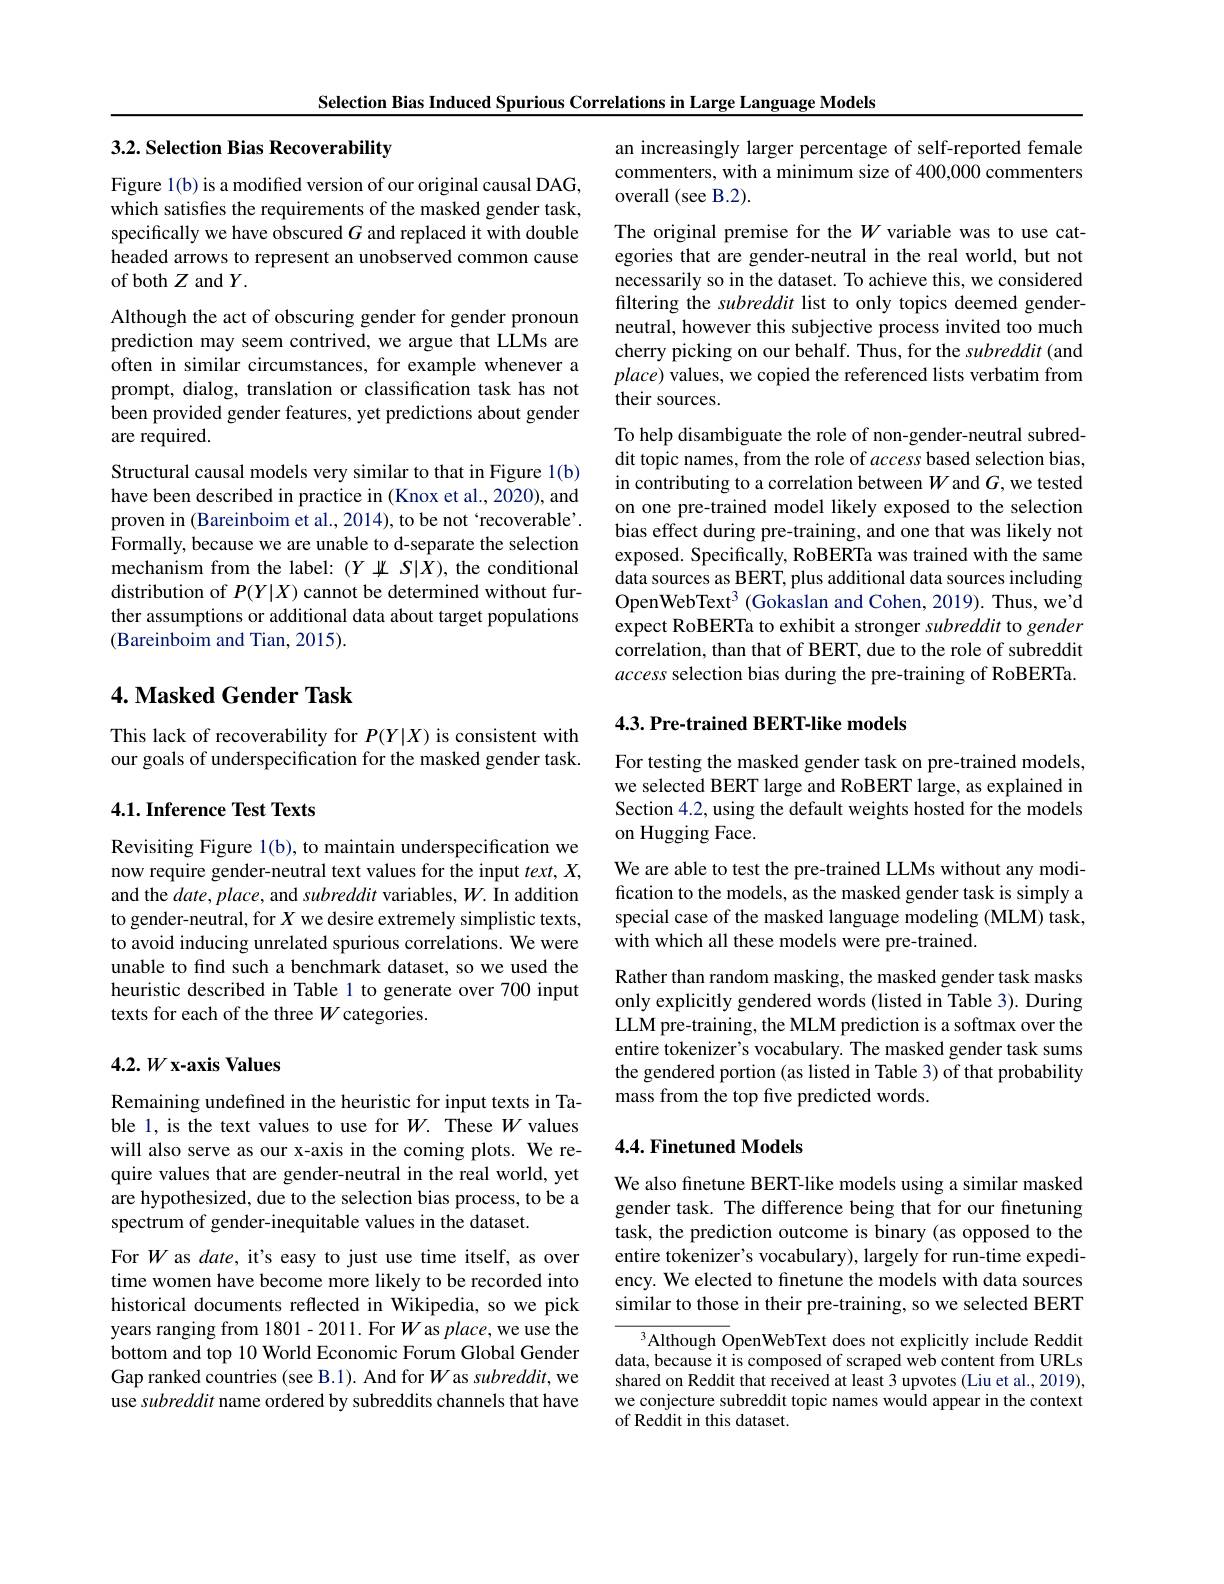
Selection Bias Induced Spurious Correlations in Large Language Models

## 3.2. Selection Bias Recoverability

Figure 1(b) is a modified version of our original causal DAG, which satisfies the requirements of the masked gender task, specifically we have obscured $G$ and replaced it with double headed arrows to represent an unobserved common cause of both $Z$ and $Y.$
Although the act of obscuring gender for gender pronoun prediction may seem contrived, we argue that LLMs are often in similar circumstances, for example whenever a prompt, dialog, translation or classification task has not been provided gender features, yet predictions about gender are required.
Structural causal models very similar to that in Figure 1(b) have been described in practice in (Knox et al., 2020), and proven in (Bareinboim et al., 2014), to be not `recoverable'. Formally, because we are unable to d-separate the selection mechanism from the label: $(Y\amalg S|X)$, the conditional distribution of $P(Y|X)$ cannot be determined without further assumptions or additional data about target populations (Bareinboim and Tian, 2015).

## 4. Masked Gender Task

This lack of recoverability for $P(Y|X)$ is consistent with our goals of underspecification for the masked gender task.

## 4.1. Inference Test Texts

Revisiting Figure 1(b), to maintain underspecification we now require gender-neutral text values for the input $text,X$, and the $date,place$, and subreddit variables, $W.$ In addition to gender-neutral, for $X$ we desire extremely simplistic texts, to avoid inducing unrelated spurious correlations. We were unable to find such a benchmark dataset, so we used the heuristic described in Table 1 to generate over 700 input texts for each of the three $W$ categories.

## $4.2.W$ x-axis Values

Remaining undefined in the heuristic for input texts in Table 1, is the text values to use for $W.$ These $W$ values will also serve as our x-axis in the coming plots. We require values that are gender-neutral in the real world, yet are hypothesized, due to the selection bias process, to be a spectrum of gender-inequitable values in the dataset.

For $W$ as date, it's easy to just use time itself, as over time women have become more likely to be recorded into historical documents reflected in Wikipedia, so we pick years ranging from 1801-2011. For $W$ as place, we use the bottom and top 10 World Economic Forum Global Gender Gap ranked countries (see B.1). And for $W$ as subreddit, we use subreddit name ordered by subreddits channels that have

an increasingly larger percentage of self-reported female commenters, with a minimum size of 400,000 commenters overall (see B.2).

The original premise for the $W$ variable was to use categories that are gender-neutral in the real world, but not necessarily so in the dataset. To achieve this, we considered filtering the subreddit list to only topics deemed genderneutral, however this subjective process invited too much cherry picking on our behalf. Thus, for the subreddit (and $place)$ values, we copied the referenced lists verbatim from their sources.

To help disambiguate the role of non-gender-neutral subreddit topic names, from the role of access based selection bias, in contributing to a correlation between $W$ and $G$,we tested on one pre-trained model likely exposed to the selection bias effect during pre-training, and one that was likely not exposed. Specifically, RoBERTa was trained with the same data sources as BERT, plus additional data sources including OpenWebText$^{3}$ (Gokaslan and Cohen, 2019). Thus, we'd expect RoBERTa to exhibit a stronger subreddit to gender correlation, than that of BERT, due to the role of subreddit access selection bias during the pre-training of RoBERTa 4.3. Pre-trained BERT-like models

For testing the masked gender task on pre-trained models, we selected BERT large and RoBERT large, as explained in Section 4.2, using the default weights hosted for the models on Hugging Face.

We are able to test the pre-trained LLMs without any modification to the models, as the masked gender task is simply a special case of the masked language modeling (MLM) task, with which all these models were pre-trained.

Rather than random masking, the masked gender task masks only explicitly gendered words (listed in Table 3). During LLM pre-training, the MLM prediction is a softmax over the entire tokenizer's vocabulary. The masked gender task sums the gendered portion (as listed in Table 3) of that probability mass from the top five predicted words.

## 4.4. Finetuned Models

We also finetune BERT-like models using a similar masked gender task. The difference being that for our finetuning task, the prediction outcome is binary (as opposed to the entire tokenizer's vocabulary), largely for run-time expediency. We elected to finetune the models with data sources similar to those in their pre-training, so we selected BERT

$^{3}$Although OpenWebText does not explicitly include Reddit data, because it is composed of scraped web content from URLs shared on Reddit that received at least 3 upvotes (Liu et al., 2019), we conjecture subreddit topic names would appear in the context of Reddit in this dataset